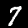
Digit: 7